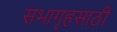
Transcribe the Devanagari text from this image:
सभागृहसाठी